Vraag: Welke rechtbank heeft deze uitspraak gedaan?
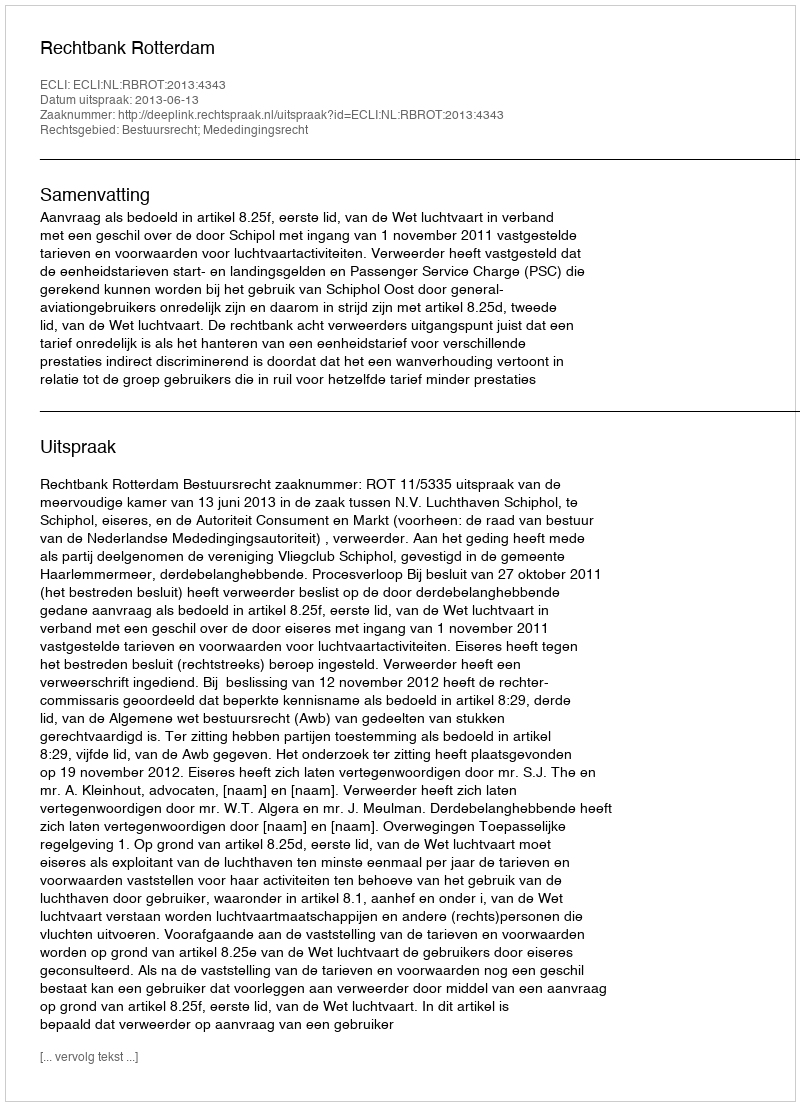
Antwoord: Rechtbank Rotterdam